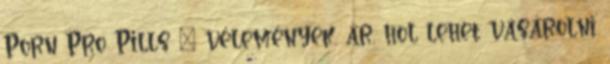
Porn Pro Pills – vélemények, ár, hol lehet vásárolni